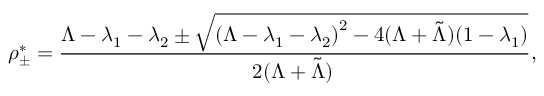
\rho _ { \pm } ^ { * } = \frac { \Lambda - \lambda _ { 1 } - \lambda _ { 2 } \pm \sqrt { { ( \Lambda - \lambda _ { 1 } - \lambda _ { 2 } ) } ^ { 2 } - 4 ( \Lambda + \tilde { \Lambda } ) ( 1 - \lambda _ { 1 } ) } } { 2 ( \Lambda + \tilde { \Lambda } ) \, } ,